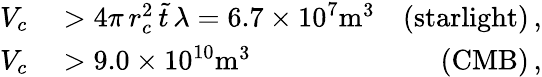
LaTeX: \begin{array}{rlr}{V_{c}}&{{}>4\pi\, r_{c}^{2}\, \tilde{t}\, \lambda=6.7\times 10^{7}\mathrm{m}^{3}}&{(\mathrm{starlight})\, ,}\\ {V_{c}}&{{}>9.0\times 10^{10}\mathrm{m}^{3}}&{(\mathrm{CMB})\, ,}\end{array}